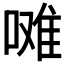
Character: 𭉼